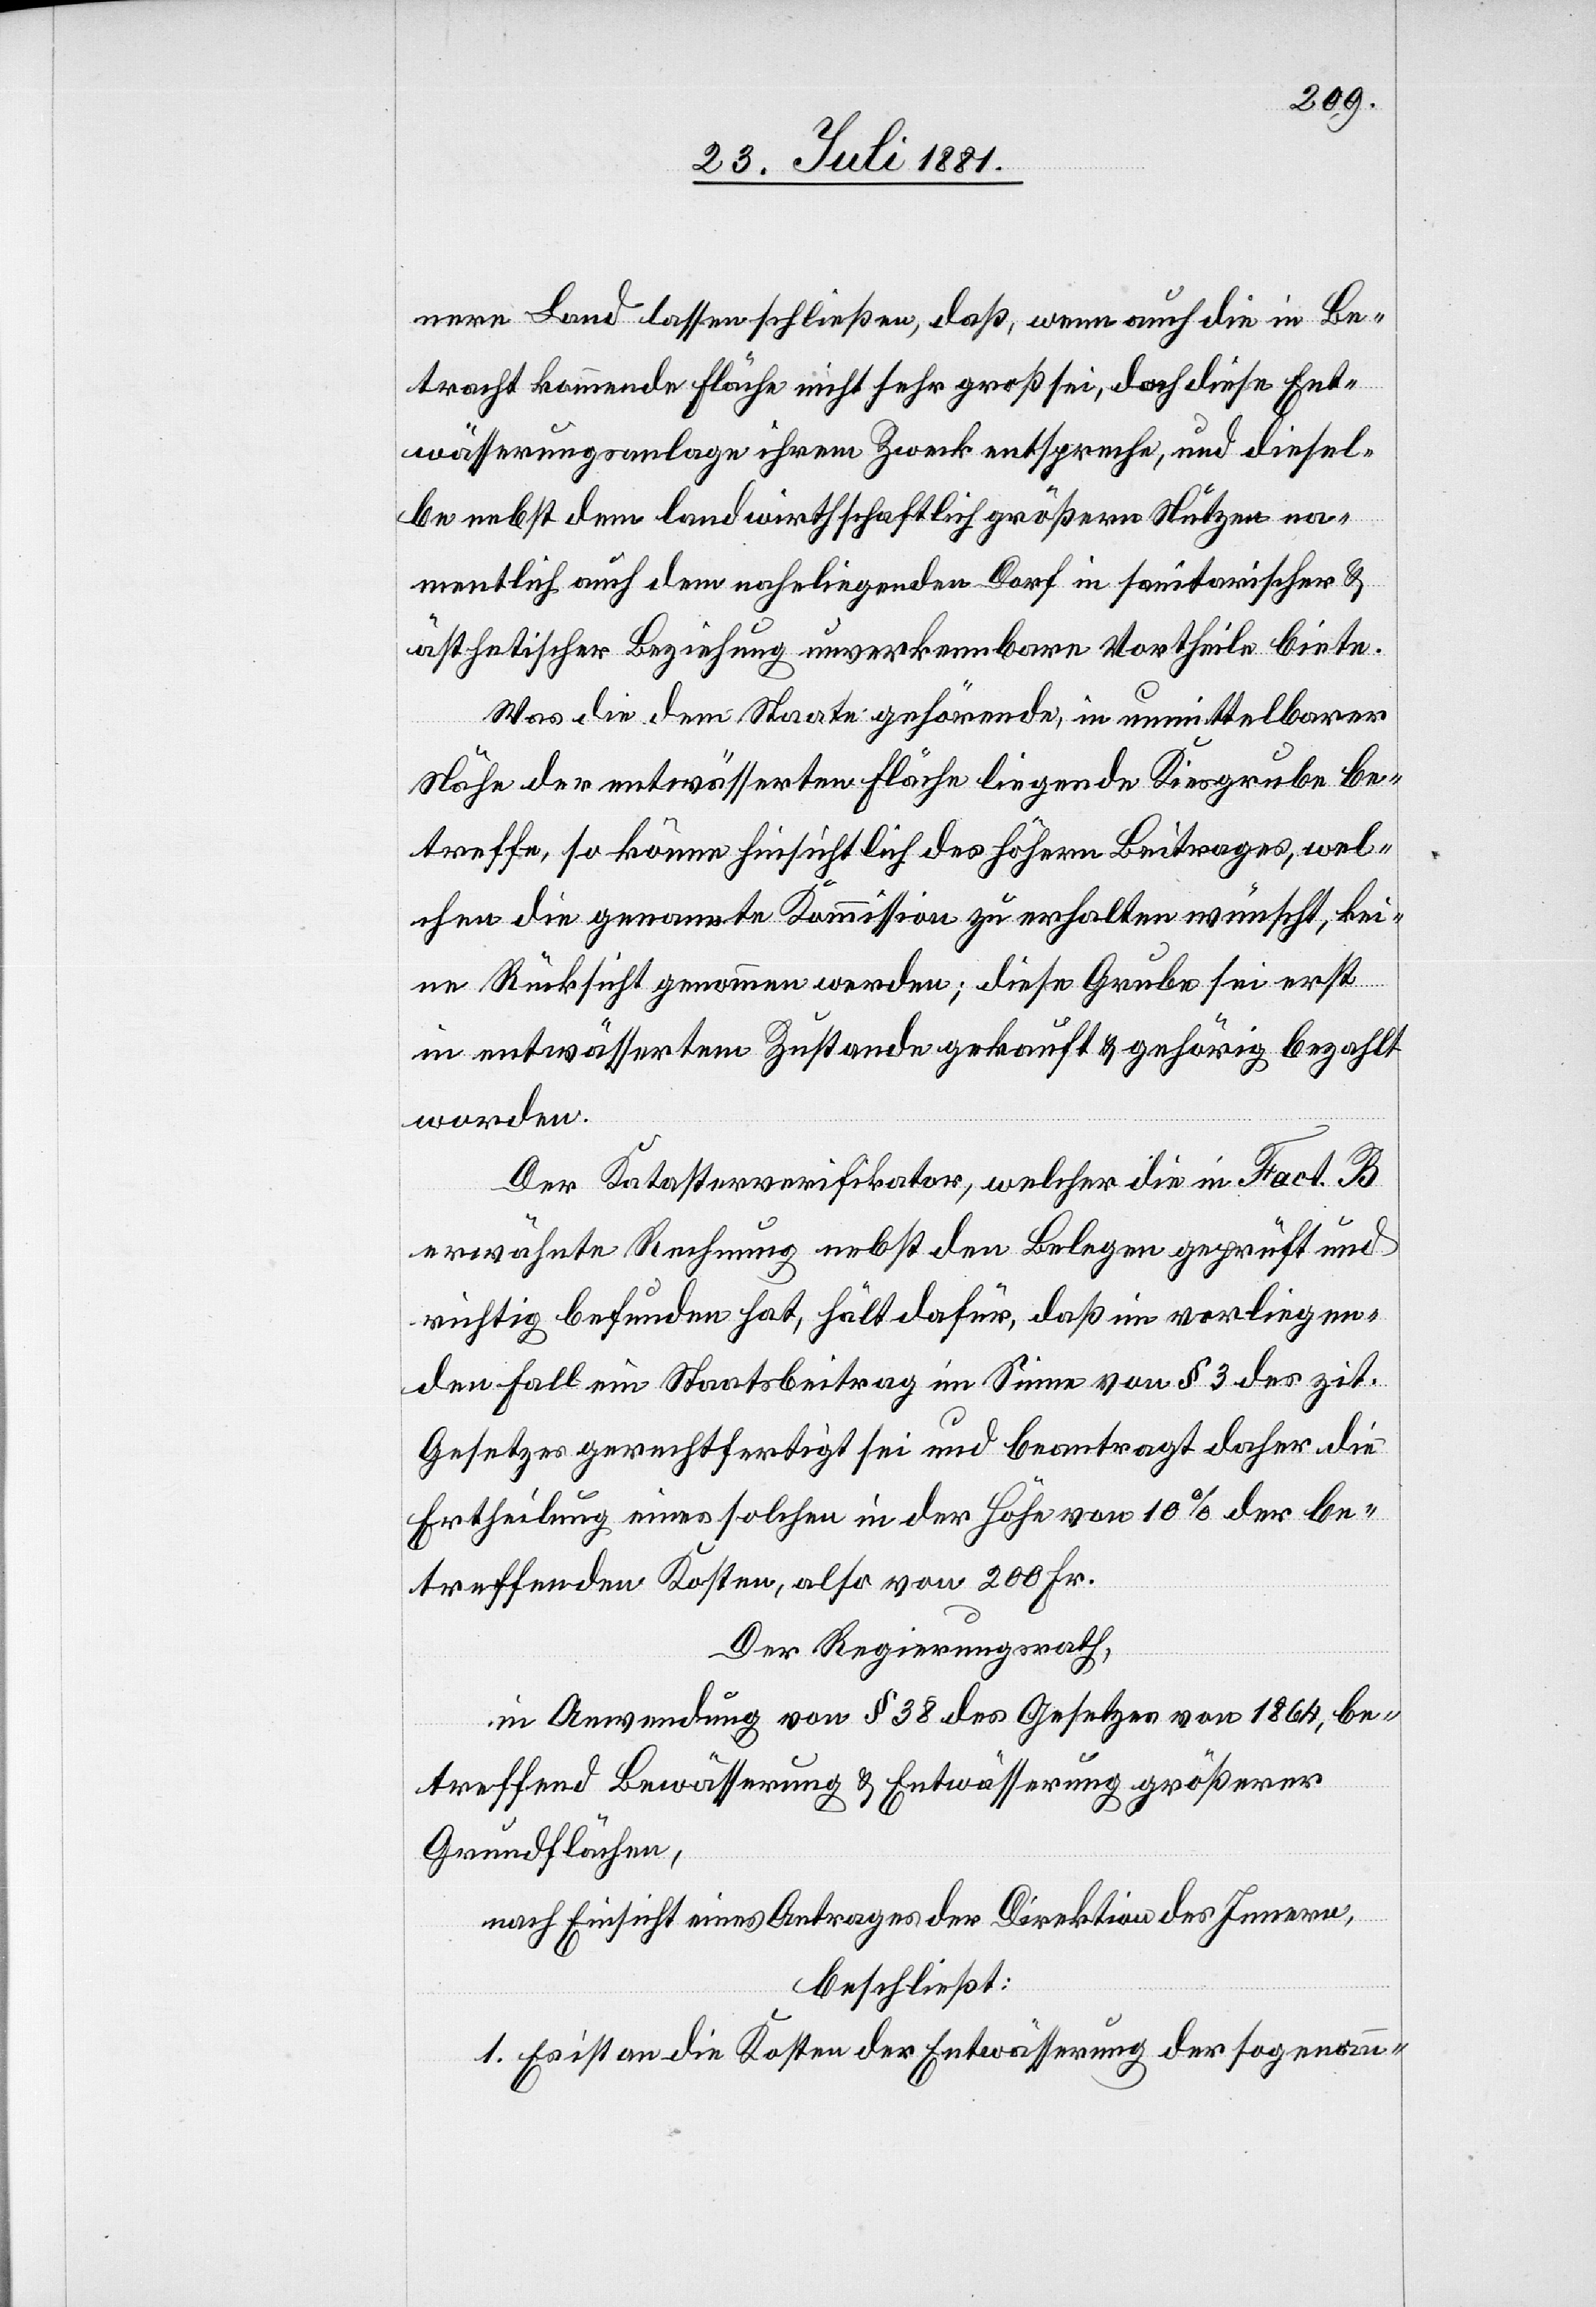
nere Land lassen schließen, daß, wenn auch die in Be¬
tracht kommende Fläche nicht sehr groß sei, doch diese Ent¬
wässerungsanlage ihrem Zweck entspreche, und diesel¬
be nebst dem landwirthschaftlich größern Nutzen na¬
mentlich auch dem naheliegenden Dorf in sanitarischer &
ästhetischer Beziehung unverkennbare Vortheile biete.
Was die dem Staat gehörende, in unmittelbarer
Nähe der entwässerten Fläche liegende Kiesgrube be¬
treffe, so könne hinsichtlich des höhern Beitrages, wel¬
chen die genannte Kommission zu erhalten wünscht, kei¬
ne Rücksicht genommen werden; diese Grube sei erst
in entwässertem Zustande gekauft & gehörig bezahlt
worden.
Der Katasterverifikator, welcher die in Fact. B
erwähnte Rechnung nebst den Belegen geprüft und
richtig befunden hat, hält dafür, daß im vorliegen¬
den Fall ein Staatsbeitrag im Sinne von § 3 des zit.
Gesetzes gerechtfertigt sei und beantragt daher die
Ertheilung eines solchen in der Höhe von 10% der be¬
treffenden Kosten, also von 200 Fr.
Der Regierungsrath,
in Anwendung von § 38 des Gesetzes von 1864, be¬
treffend Bewässerung & Entwässerung größerer
Grundflächen,
nach Einsicht eines Antrages der Direktion des Innern,
beschließt:
1. Es ist an die Kosten der Entwässerung der sogenann-